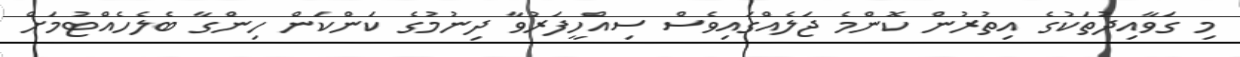
މި ގަވާއިދުތަކުގެ އިތުރުން ކޮންމެ ޖަލެއްގައިވެސް ސިއްހީފަރުވާ ދިނުމުގެ ކަންކަން ހިންގާ ބެލެހެއްޓުމަށް